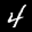
Label: 4